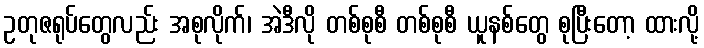
ဥတုဇရုပ်တွေလည်း အစုလိုက်၊ အဲဒီလို တစ်စုစီ တစ်စုစီ ယူနစ်တွေ စုပြီးတော့ ထားလို့